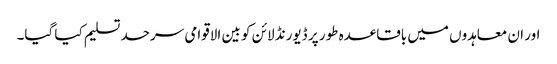
اور ان معاہدوں میں باقاعدہ طور پر ڈیورنڈ لائن کو بین الاقوامی سرحد تسلیم کیا گیا۔